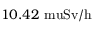
1 0 . 4 2 \mathrm { { \ m u } S v / h }